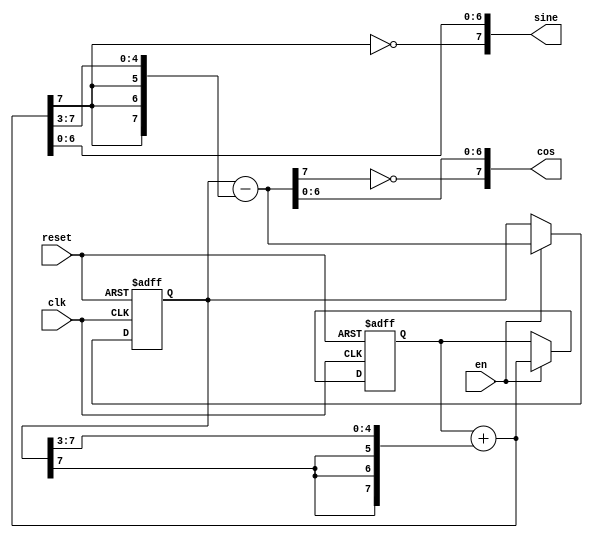
`timescale 1ns / 1ps
//////////////////////////////////////////////////////////////////////////////////
// Company: VirtualSamaj
// https://electronics.stackexchange.com/questions/39354/concatenate-signal-n-times-in-verilog
//
// Design Name: 
// Module Name: SineCos
// Project Name: 
// Target Devices: 
// Tool Versions: 
// Description: 
// 
// Dependencies: 
// 
// Revision:
// Revision 0.01 - File Created
// Additional Comments: 
//   7  6  5  4 3 2 1 0
// 128 64 32 16 8 4 2 1
//   0  1  1  1 1 0 0 0
//                = 120
// 16'b0111111110000000;//8'b01111000;
// 
//////////////////////////////////////////////////////////////////////////////////

module sine_cos #(parameter WIDTH = 8) (
    input clk, 
    input reset, 
    input en, 
    output [WIDTH-1:0] sine, 
    output [WIDTH-1:0] cos
    );

    wire [WIDTH-1:0] sine_f, cos_f;
    reg [WIDTH-1:0] sine_r, cos_r;
        
    assign sine_f   = sine_r + {{(WIDTH/2){cos_r[WIDTH-1]}}, cos_r[WIDTH-2:(WIDTH-1)/2]};
    assign cos_f    = cos_r - {{(WIDTH/2){sine_f[WIDTH-1]}}, sine_f[WIDTH-2:(WIDTH-1)/2]};
    
    assign sine     = {~sine_f[WIDTH-1], sine_f[WIDTH-2:0]};
    assign cos      = {~cos_f[WIDTH-1], cos_f[WIDTH-2:0]};

    always@(posedge clk or negedge reset)
    begin
        if (!reset) begin
            sine_r <= 0;
            cos_r <= {1'b0, {WIDTH/2{1'b1}}, {WIDTH/2-1{1'b0}}};
        end else begin
            if (en) begin
                sine_r <= sine_f;
                cos_r <= cos_f;
            end
        end
    end
endmodule // sine_cos